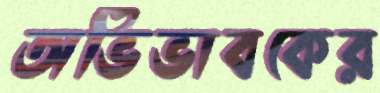
অভিভাবকের